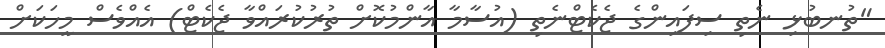
"ތުނބުޅި ނެތި ސިފައިންގެ ޖެކެޓްނެތި (އުސާމާ އާންމުކޮށް ތުރުކުރައްވާ ޖެކެޓް) އެއްވެސް މީހަކަށް